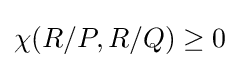
\chi (R/P,R/Q)\geq 0